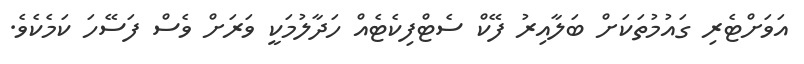
އަވަށްޓެރި ގައުމުތަކަށް ބަލާއިރު ފޭކް ސެޓްފިކެޓެއް ހަދާލުމަކީ ވަރަށް ވެސް ފަސޭހަ ކަމެކެވެ.